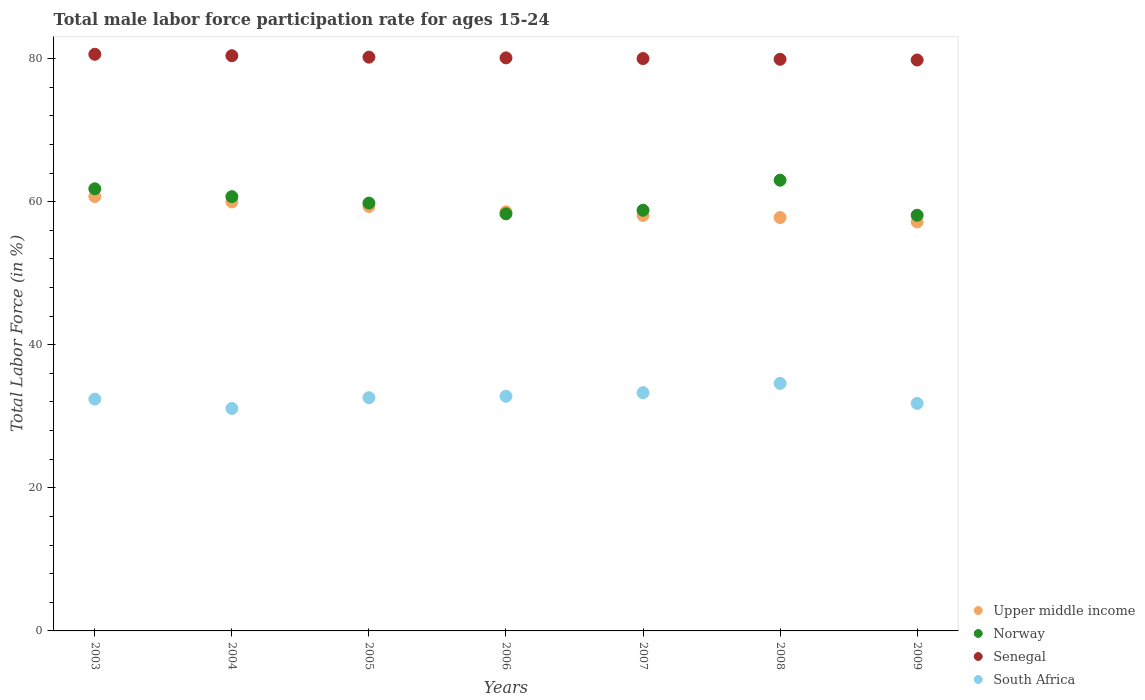
| Years | Upper middle income | Norway | Senegal | South Africa |
 | --- | --- | --- | --- | --- |
 | 2003 | 60.7 | 61.8 | 80.6 | 32.4 |
 | 2004 | 60 | 60.7 | 80.4 | 31.1 |
 | 2005 | 59.3 | 59.8 | 80.2 | 32.6 |
 | 2006 | 58.6 | 58.3 | 80.1 | 32.8 |
 | 2007 | 58.1 | 58.8 | 80 | 33.3 |
 | 2008 | 57.8 | 63 | 79.9 | 34.6 |
 | 2009 | 57.2 | 58.1 | 79.8 | 31.8 |